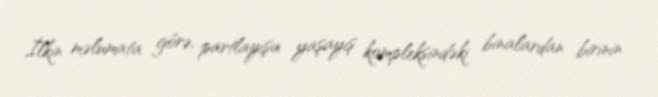
İlkin məlumata görə, partlayışa yaşayış kompleksindəki binalardan birinin